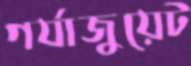
গর্যাজুয়েট